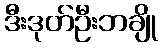
ဒီးဒုတ်ဦးဘချို